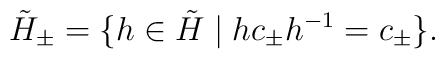
\tilde H_\pm = \{ h \in \tilde H \mid h c_\pm h^{-1} = c_\pm\}.